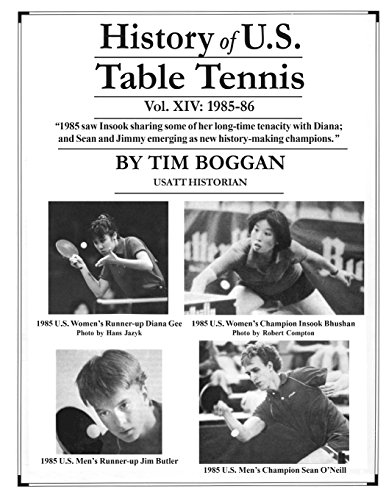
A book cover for History of U.S. Table Tennis Volume 14; Tim Boggan; Sports & Outdoors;